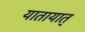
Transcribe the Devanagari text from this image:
यातायात्